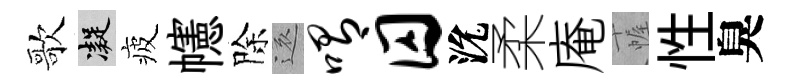
歌凝疲幰除還喟囚沇柔庵幄性臭